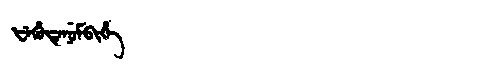
Manchu: ᡶᡝᡥᡠᡨᡝᠨᡠᠮᠪᡳᡥᡝ
Romanization: FEHUTENUMBIHE